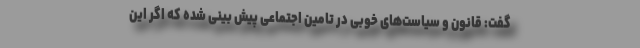
گفت: قانون و سیاست‌های خوبی در تامین اجتماعی پیش بینی شده که اگر این